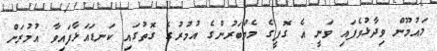
މައުމޫން ވިދާޅުވެފައި ވަނީ އެ ގޮފީގެ މެމްބަރުންގެ އުމުރުގެ ގޮތުގައި ކަނޑައަޅާފައިވާ އުމުރަށް